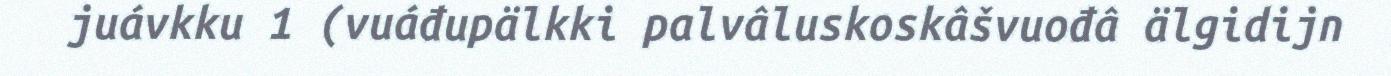
juávkku 1 (vuáđupälkki palvâluskoskâšvuođâ älgidijn